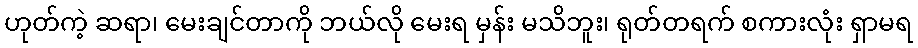
ဟုတ်ကဲ့ ဆရာ၊ မေးချင်တာကို ဘယ်လို မေးရ မှန်း မသိဘူး၊ ရုတ်တရက် စကားလုံး ရှာမရ